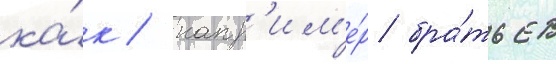
ка́к / напр'им'е́р бра́тьев